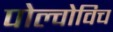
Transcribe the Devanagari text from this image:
पोल्वोविच